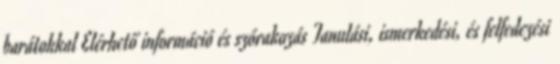
barátokkal Elérhető információ és szórakozás Tanulási, ismerkedési, és felfedezési